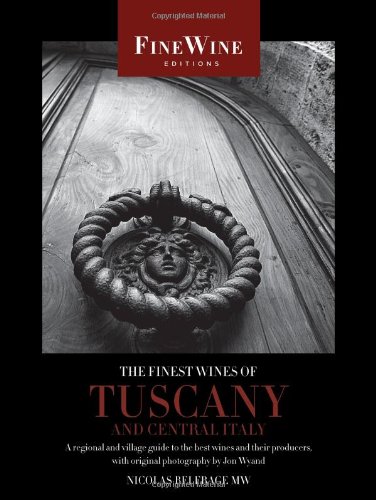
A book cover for The Finest Wines of Tuscany and Central Italy: A Regional and Village Guide to the Best Wines and Their Producers (The World's Finest Wines); Nicholas Belfrage; Cookbooks, Food & Wine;